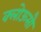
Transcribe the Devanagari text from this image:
क्लोऊसौ